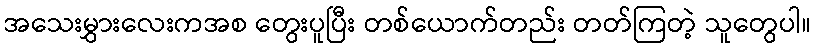
အသေးမွှားလေးကအစ တွေးပူပြီး တစ်ယောက်တည်း တတ်ကြတဲ့ သူတွေပါ။